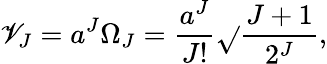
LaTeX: \mathscr{V}_{J}=a^{J}\Omega_{J}={\frac{{a^{J}}}{{J!}}}\sqrt{}{{\frac{{J+1}}{{2^{J}}}}},